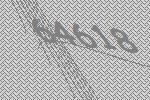
64618